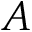
A